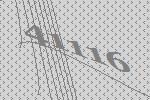
41116